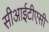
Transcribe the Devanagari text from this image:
सीआईटीएसी